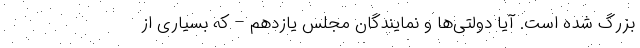
بزرگ شده است. آیا دولتی‌ها و نمایندگان مجلس یازدهم – که بسیاری از